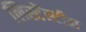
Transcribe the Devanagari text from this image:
लिस्टेंस्टीन